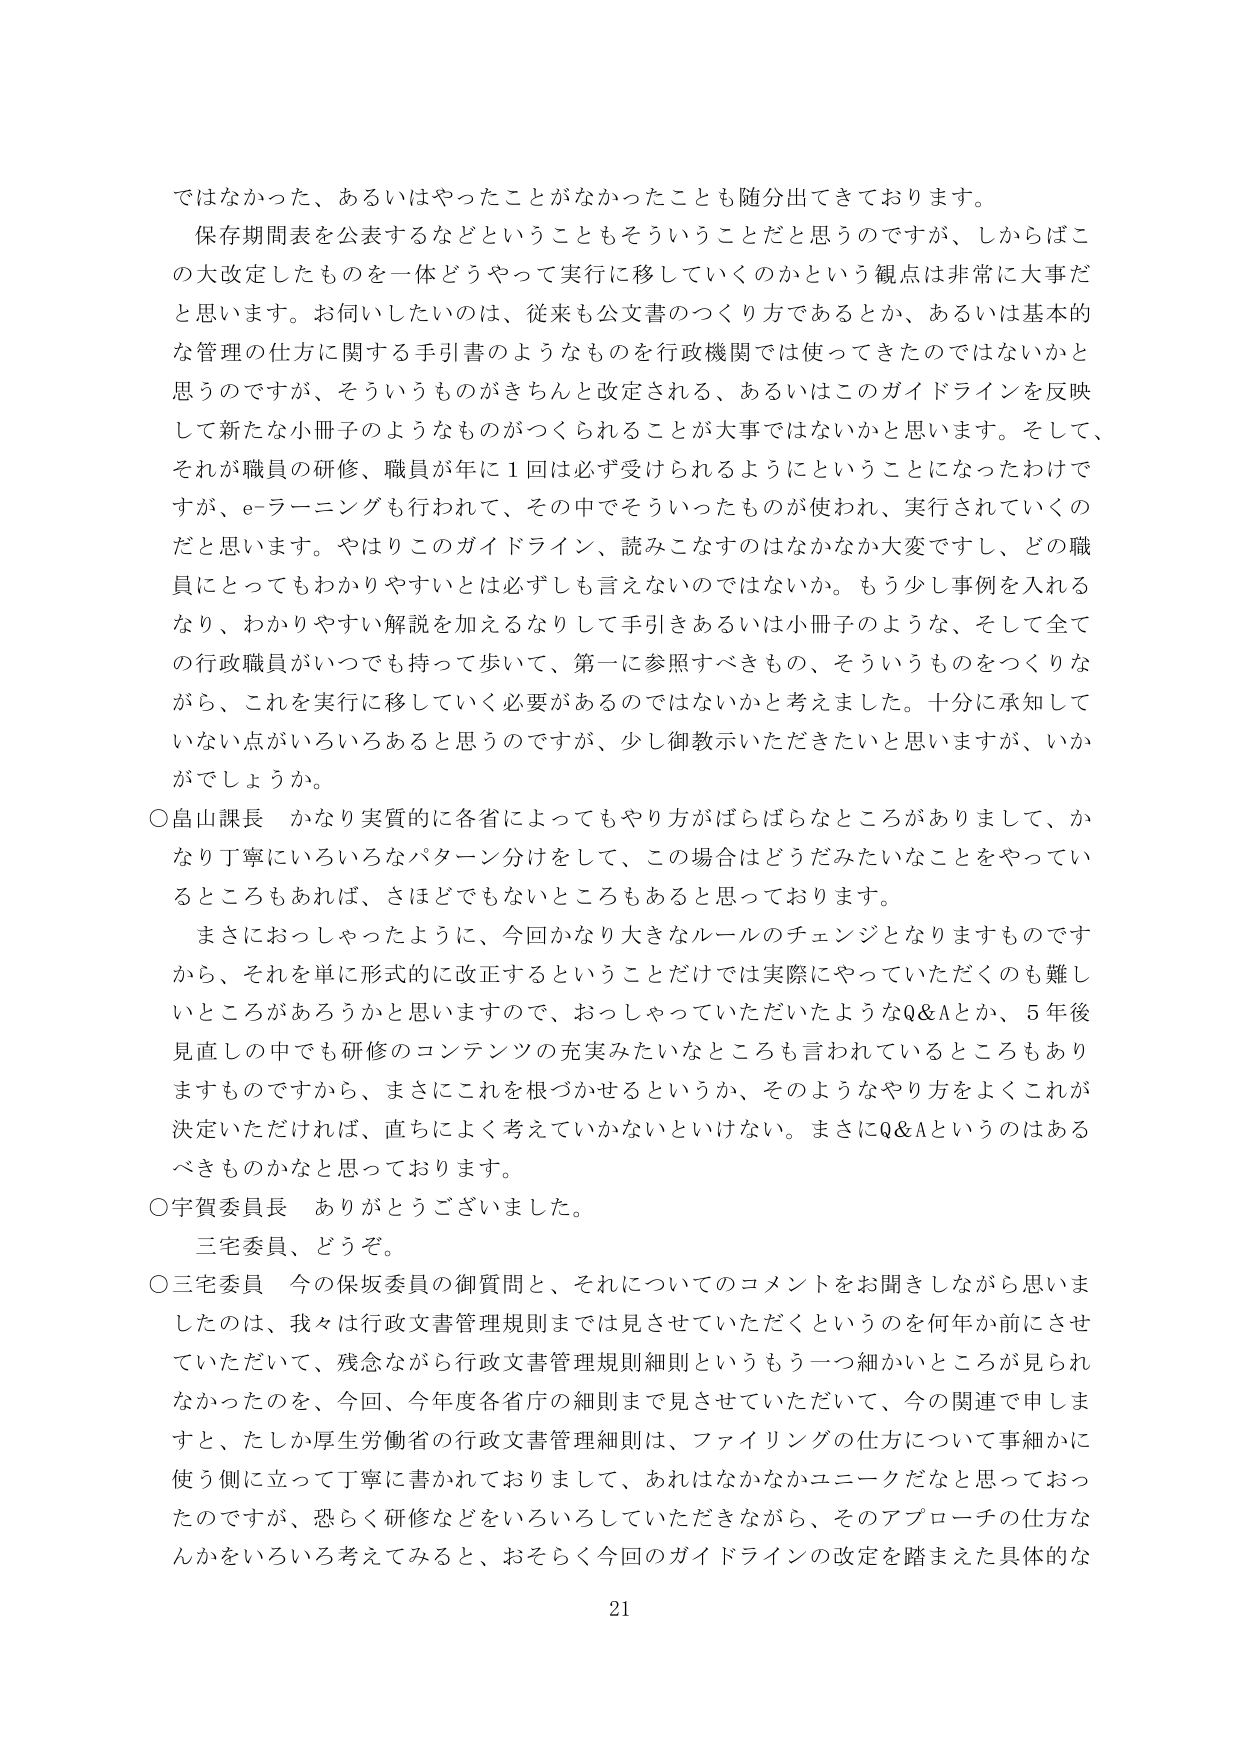
ではなかった、あるいはやったことがなかったことも随分出てきております。

保存期間表を公表するなどということもそういうことだと思うのですが、しかしこの大改定したものを一体どうやって実行に移していくのかという観点は非常に大事だと思います。お伺いしたいのは、従来も公文書のつくり方であるとか、あるいは基本的な管理の仕方に関する手引書のようなものを行政機関では使ってきてきたのではないかと思うのですが、そういうものがきちんと改定される、あるいはこのガイドラインを反映して新たな小冊子のようなものがつくられることが大事ではないかと思います。そして、それが職員の研修、職員が年に1回は必ず受けられるようにということになったわけですが、e-ラーニングも行われて、その中でそういったものが使われ、実行されていくのだと思います。やはりこのガイドライン、読みこなすのはなかなか大変ですし、どの職員にとってもわかりやすいとは必ずしも言えないのではないか。もう少し事例を入れるなり、わかりやすい解説を加えるなりして手引きあるいは小冊子のような、そして全ての行政職員がいつでも持って歩いて、第一に参照すべきもの、そういうものをつくりながら、これを実行に移していく必要があるのではないかと考えました。十分に承知していない点がいろいろあると思うのですが、少し御教示いただきたいと思いますが、いかがでしょうか。

○畠山課長　かなり実質的に各省によってもやり方がばらばらなところがありまして、かなり丁寧にいろいろなパターン分けをして、この場合はどうだみたいなことをやっているところもあれば、さほどでもないところもあると思っております。

　まさにおっしゃったように、今回かなり大きなルールのチェンジとなりますものですから、それを単に形式的に改正するということだけでは実際にやっていただくのも難しいところがあろうかと思いますので、おっしゃっていただいたようなQ&Aとか、5年後見直しの中でも研修のコンテンツの充実みたいなところも言われているところもありますものですから、まさにこれを根づかせるというか、そのようなやり方をよくこれが決定いただければ、直ちによく考えていかないといけない。まさにQ&Aというのはあるべきものかなと思っております。

○宇賀委員長　ありがとうございました。

　三宅委員、どうぞ。

○三宅委員　今の保坂委員の御質問と、それについてのコメントをお聞きしながら思いましたのは、我々は行政文書管理規則までは見させていただくというのを何年か前にさせていただいて、残念ながら行政文書管理規則細則というもう一つ細かいところが見られなかったのを、今回、今年度各省庁の細則まで見させていただいて、今の関連で申しますと、たしか厚生労働省の行政文書管理細則は、ファイリングの仕方について事細かに使う側に立って丁寧に書かれておりまして、あれはなかなかユニークだなと思っておったのですが、恐らく研修などをいろいろしていただきながら、そのアプローチの仕方なんかをいろいろ考えてみると、おそらく今回のガイドラインの改定を踏まえた具体的な

21